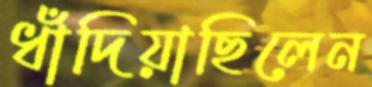
ধাঁদিয়াছিলেন